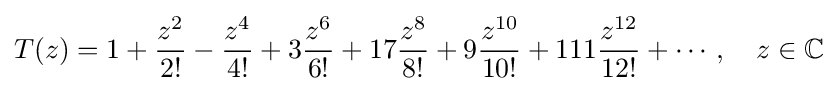
T(z)=1+{\frac {z^{2}}{2!}}-{\frac {z^{4}}{4!}}+3{\frac {z^{6}}{6!}}+17{\frac {z^{8}}{8!}}+9{\frac {z^{10}}{10!}}+111{\frac {z^{12}}{12!}}+\cdots ,\quad z\in \mathbb {C}